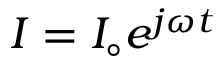
I = I _ { \circ } e ^ { j \omega t }